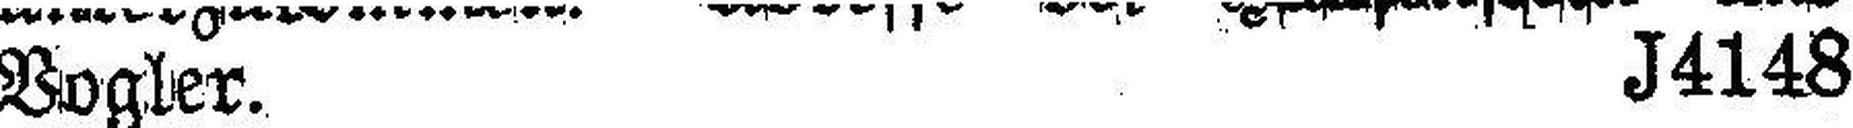
Vogler. J4148